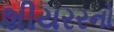
શીયરરનો